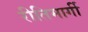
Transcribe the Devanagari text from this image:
रीतिमार्गी